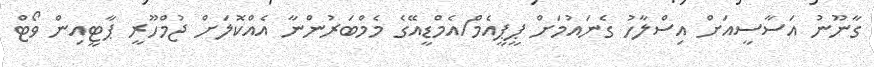
ގާނޫނު އަސާސީއަށް އިސްލާހު ގެނައުމަށް ޕީޕީއެމް/އެމްޑީއޭގެ މެމްބަރުންނާ އެއްކޮލަށް ޖުމްހޫރީ ޕާޓީއިން ވޯޓް